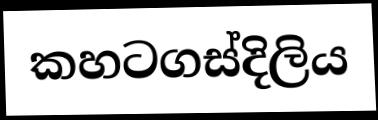
කහටගස්දිලිය